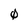
Character: 0